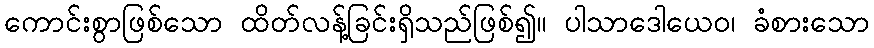
ကောင်းစွာဖြစ်သော ထိတ်လန့်ခြင်းရှိသည်ဖြစ်၍။ ပါသာဒေါယေဝ၊ ခံစားသော